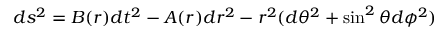
d s ^ { 2 } = B ( r ) d t ^ { 2 } - A ( r ) d r ^ { 2 } - r ^ { 2 } ( d \theta ^ { 2 } + \sin ^ { 2 } \theta d \phi ^ { 2 } )